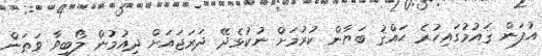
އުފަން ޤައުމުގައިހުރެ ޙައްޤު ބަޔާން ކުރުމަށް ނުކުޅެދޭ ދަރަޖައަށް ދިއުމުން ލޯބިވާ ވަޠަން